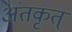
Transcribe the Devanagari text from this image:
अंतकृत्